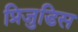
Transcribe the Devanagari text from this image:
प्रिजुडिस